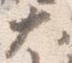
大